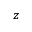
z